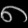
Digit: ၈